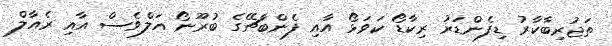
ތަޖުރިބާކާރު ޑިފެންޑަރު ރިކާޑޯ ކަވަޅޯ އާއި ފެންބާޗޭގެ ބުރޫނޯ އަލްވެސް އާއި ރެއާލް